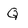
Character: Q